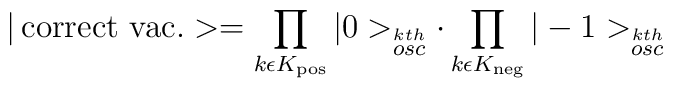
| \,{\rm correct \ vac.} > =	\prod_{k\epsilon K_{\rm pos}}|0>_{\stackrel{kth}{osc}} \cdot	\prod_{k\epsilon K_{\rm neg}} | -1 >_{\stackrel{kth}{osc}}